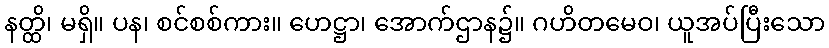
နတ္ထိ၊ မရှိ။ ပန၊ စင်စစ်ကား။ ဟေဋ္ဌာ၊ အောက်ဌာန၌။ ဂဟိတမေဝ၊ ယူအပ်ပြီးသော